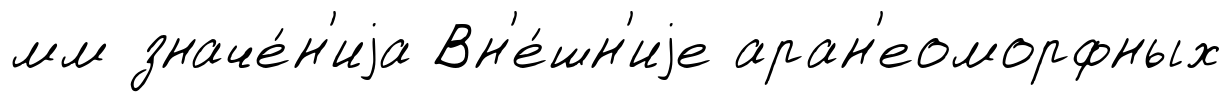
мм значе́н'иjа Вн'е́шн'иjе аран'еоморфных